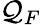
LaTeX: \mathcal{Q}_{F}